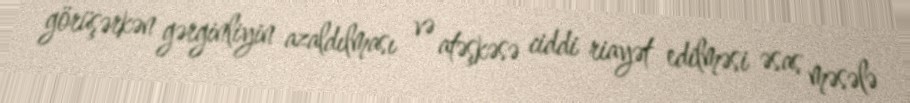
görüşərkən gərginliyin azaldılması və atəşkəsə ciddi riayət edilməsi əsas məsələ